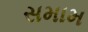
સમામ